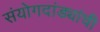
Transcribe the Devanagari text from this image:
संयोगदांड्यांची